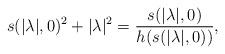
LaTeX: \begin{align*} s(|\lambda|,0)^2+|\lambda|^2=\frac{s(|\lambda|,0)}{h(s(|\lambda|,0))},\end{align*}